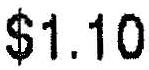
$1.10